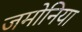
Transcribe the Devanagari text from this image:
जमोनिया